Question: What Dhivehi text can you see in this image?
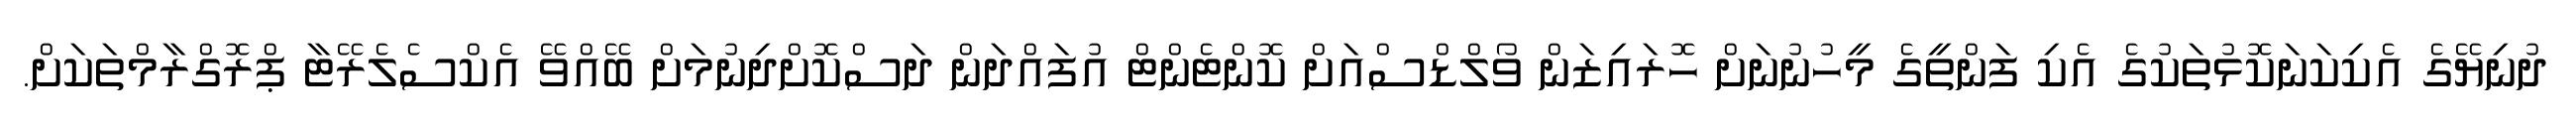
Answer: ދުނިޔޭގެ އެކިކަނަކޮޅުތަކުގެ އެކި ފަންތީގެ މީހުނުނަށް ހޮރައިޒަން ވޯލްޑްސްއަށް ކޮންޓެންޓް އުފައްދަން ދަސްކޮށްދިނުމަށް ބޭއްވޭ އެކްސެލެރޭޓާ ޕްރޮގްރާމްތަކަށް.